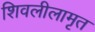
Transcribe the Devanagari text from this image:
शिवलीलामृत